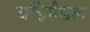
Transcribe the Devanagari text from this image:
बहिर्मंडल